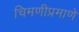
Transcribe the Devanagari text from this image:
चिमणीप्रमाणे